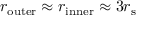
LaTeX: r _ { \mathrm { o u t e r } } \approx r _ { \mathrm { i n n e r } } \approx 3 r _ { \mathrm { { s } } }